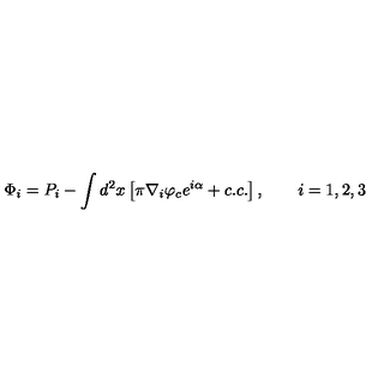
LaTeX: \Phi _ { i } = P _ { i } - \int d ^ { 2 } x \left[ \pi \nabla _ { i } \varphi _ { c } e ^ { i \alpha } + c . c . \right] , \qquad i = 1 , 2 , 3